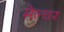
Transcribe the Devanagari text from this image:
मेल्चर